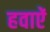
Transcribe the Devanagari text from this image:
हवाऐं